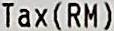
TAX(RM)